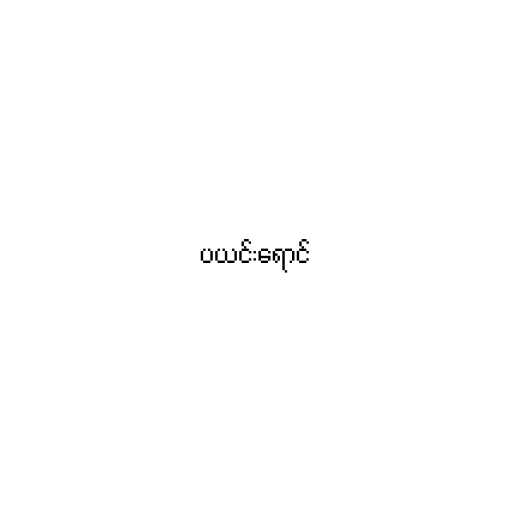
ပယင်းရောင်